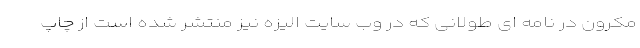
مکرون در نامه ای طولانی که در وب سایت الیزه نیز منتشر شده است از چاپ